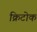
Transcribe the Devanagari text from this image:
क्रिटोक